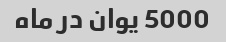
5000 یوان در ماه